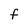
Character: F